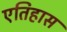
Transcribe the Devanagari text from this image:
एतिहास